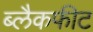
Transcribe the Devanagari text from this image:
ब्लैकफीट